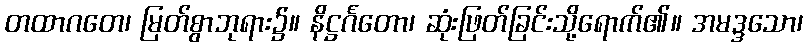
တထာဂတေ၊ မြတ်စွာဘုရား၌။ နိဋ္ဌင်္ဂတော၊ ဆုံးဖြတ်ခြင်းသို့ရောက်၏။ အမဒ္ဒသော၊